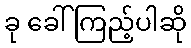
ခု ခေါ်ကြည့်ပါဆို